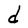
Character: d